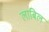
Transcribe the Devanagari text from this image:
लाबिल